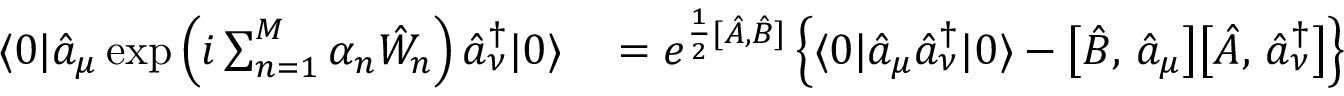
\begin{array} { r l } { \langle 0 | \hat { a } _ { \mu } \exp \left( i \sum _ { n = 1 } ^ { M } \alpha _ { n } \hat { W } _ { n } \right) \hat { a } _ { \nu } ^ { \dagger } | 0 \rangle } & { { } = e ^ { \frac { 1 } { 2 } [ \hat { A } , \hat { B } ] } \left\{ \langle 0 | \hat { a } _ { \mu } \hat { a } _ { \nu } ^ { \dagger } | 0 \rangle - \bigl [ \hat { B } , \, \hat { a } _ { \mu } \bigr ] \bigl [ \hat { A } , \, \hat { a } _ { \nu } ^ { \dagger } \bigr ] \right\} } \end{array}